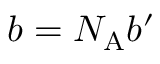
b = N _ { \mathrm { A } } b ^ { \prime }